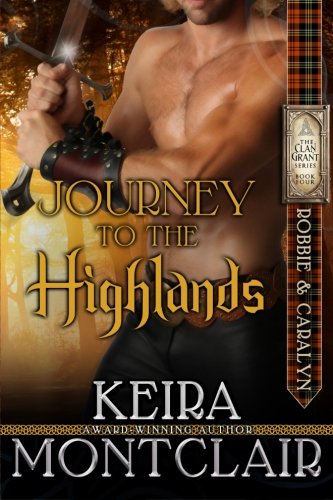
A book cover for Journey to the Highlands: Robbie and Caralyn (Highlander Clan Grant Series) (Volume 4); Keira Montclair; Romance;